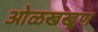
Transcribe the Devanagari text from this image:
ओळखखूण